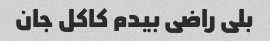
بلی راضی بیدم کاکل جان